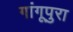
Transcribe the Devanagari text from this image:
गांगूपुरा